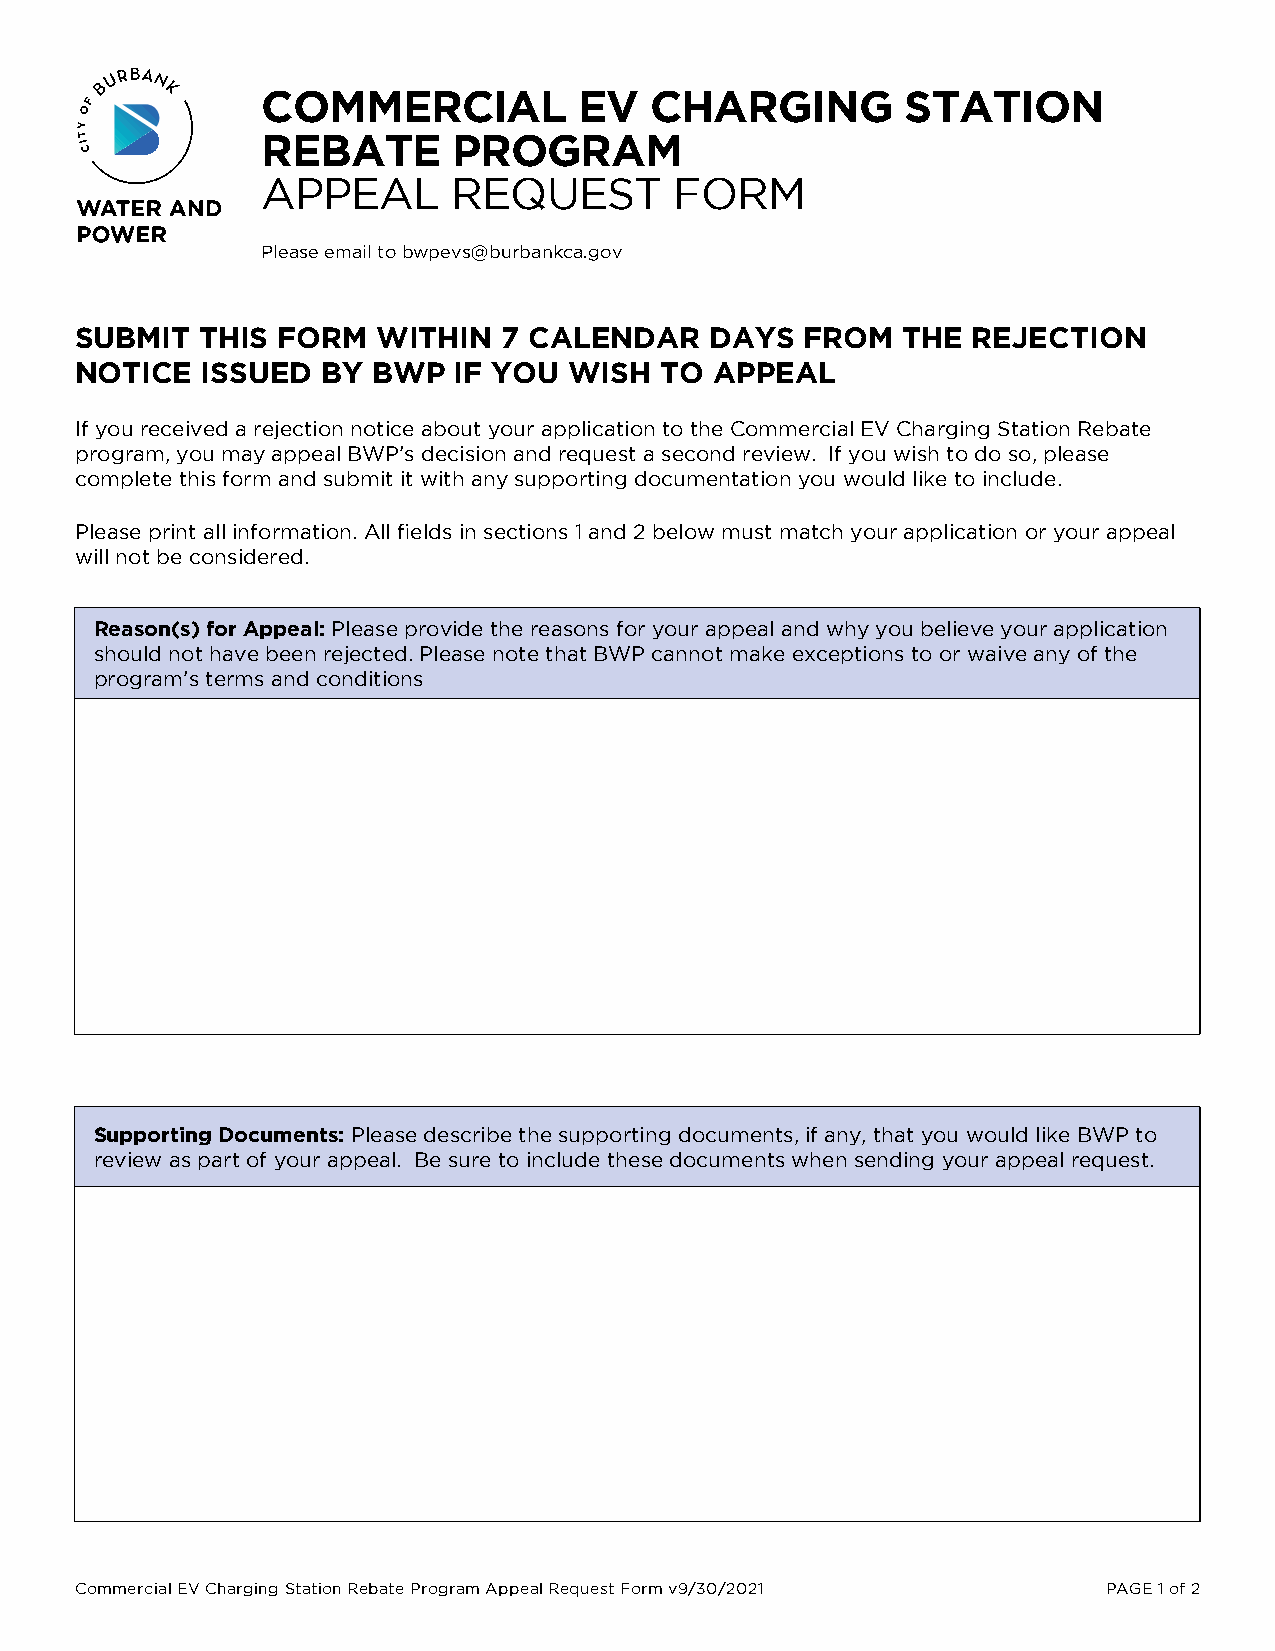
COMMERCIAL           EV   CHARGING         STATION
 REBATE       PROGRAM
 APPEAL       REQUEST        FORM
 Please email to bwpevs@burbankca.gov
 SUBMIT  THIS FORM   WITHIN  7 CALENDAR    DAYS  FROM   THE REJECTION
 NOTICE  ISSUED  BY  BWP  IF YOU  WISH  TO APPEAL
 If you received a rejection notice about your application to the Commercial EV Charging Station Rebate
 program, you may appeal BWP’s decision and request a second review. If you wish to do so, please
 complete this form and submit it with any supporting documentation you would like to include.
 Please print all information. All fields in sections 1 and 2 below must match your application or your appeal
 will not be considered.
 Reason(s) for Appeal: Please provide the reasons for your appeal and why you believe your application
 should not have been rejected. Please note that BWP cannot make exceptions to or waive any of the
 program’s terms and conditions
 Supporting Documents: Please describe the supporting documents, if any, that you would like BWP to
 review as part of your appeal. Be sure to include these documents when sending your appeal request.
 Commercial EV Charging Station Rebate Program Appeal Request Form v9/30/2021 PAGE 1 of 2